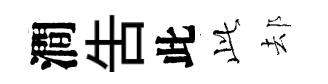
澗吿此𬼘𨚫